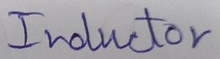
Text: Inductor